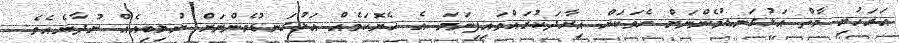
އަރަހުށި މާތް އަޅުގަނޑުމެންނަށް ހެވަކަށް އިރާދަކުރައްވައިފިނަމަ އެ ހެޔޮކަމެއް އަޅުގަނޑުމެންނަށް ނުލިބިއެއް ނުދާނެއެވެ.